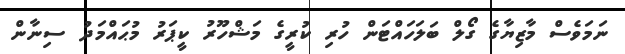
ނަމަވެސް މާޒިޔާގެ ގޯލް ބަލަހައްޓަން ހުރި ކުރީގެ މަޝްހޫރު ކީޕަރު މުޙައްމަދު ސިނާން